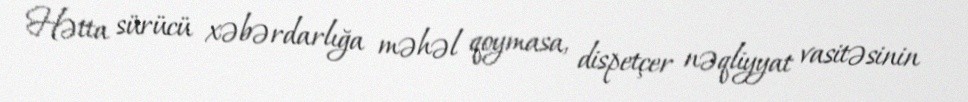
Hətta sürücü xəbərdarlığa məhəl qoymasa, dispetçer nəqliyyat vasitəsinin